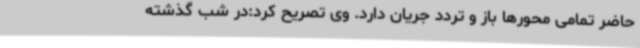
حاضر تمامی محورها باز و تردد جریان دارد. وی تصریح کرد:در شب گذشته